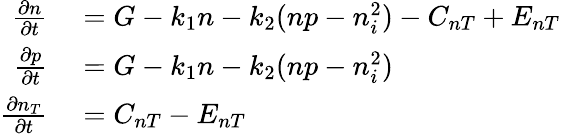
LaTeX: \begin{array}{rl}{\frac{\partial n}{\partial t}}&{{}=G-k_{1}n-k_{2}(np-n_{i}^{2})-C_{nT}+E_{nT}}\\ {\frac{\partial p}{\partial t}}&{{}=G-k_{1}n-k_{2}(np-n_{i}^{2})}\\ {\frac{\partial n_{T}}{\partial t}}&{{}=C_{nT}-E_{nT}}\end{array}